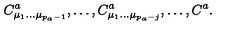
C _ { \mu _ { 1 } \ldots \mu _ { p _ { a } - 1 } } ^ { a } , \ldots , C _ { \mu _ { 1 } \ldots \mu _ { p _ { a } - j } } ^ { a } , \ldots , C ^ { a } .